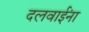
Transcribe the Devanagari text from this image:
दलवाईंना